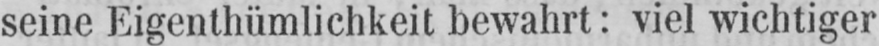
seine Eigenthümlichkeit bewahrt: viel wichtiger